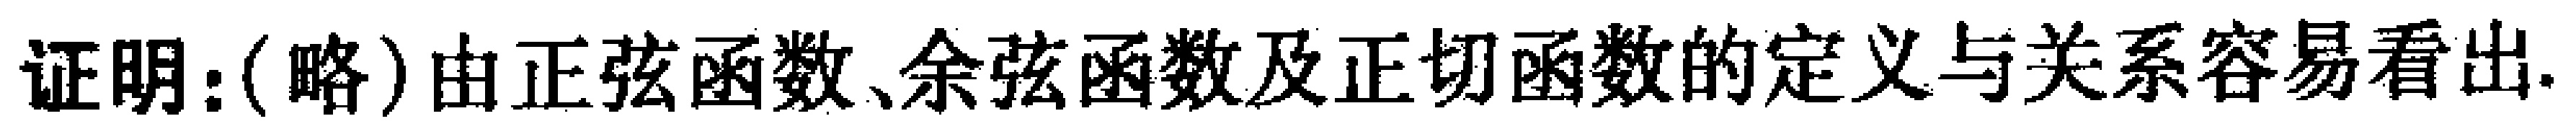
证明：(略)由正弦函数、余弦函数及正切函数的定义与关系容易看出.